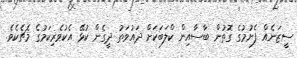
ސީޒަނެއް ފެށުމުގެ ގޮތުން ބާސާއިން ކްލަބަކަށް ދައުވަތު ދީގެން ކުޅޭ އެކުވެރިކަމުގެ މެޗެކެވެ.